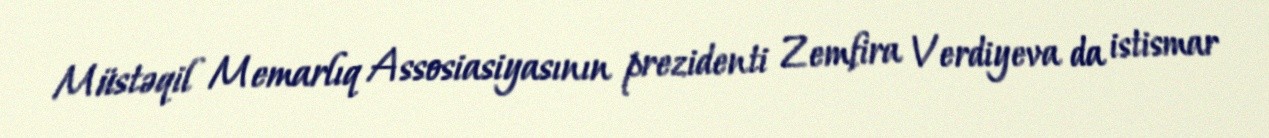
Müstəqil Memarlıq Assosiasiyasının prezidenti Zemfira Verdiyeva da istismar